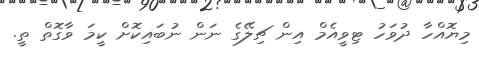
މިޔޮއްހާ ދުވަހު ޓިވީއެމް އިން ޗިލޭގެ ނަން ނުބައިކޮށް ކީމަ ވާގޮތް ތީ.